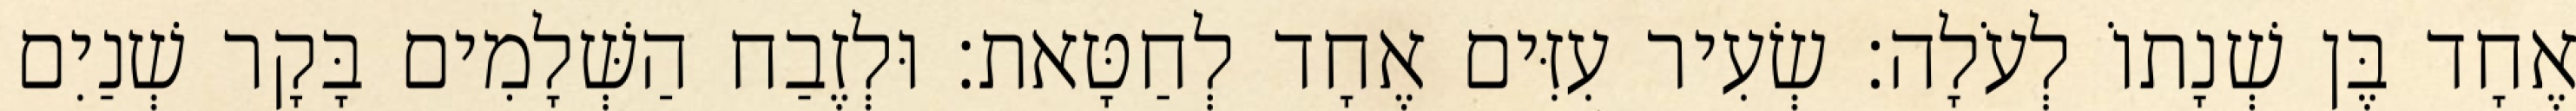
אֶחָד בֶּן שְׁנָתוֹ לְעֹלָה׃ שְׂעִיר עִזִּים אֶחָד לְחַטָּאת׃ וּלְזֶבַח הַשְּׁלָמִים בָּקָר שְׁנַיִם